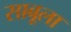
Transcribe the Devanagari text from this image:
साबूला